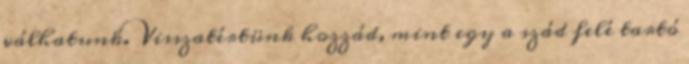
válhatunk. Visszatértünk hozzád, mint egy a szád felé tartó